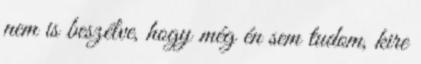
nem is beszélve, hogy még én sem tudom, kire